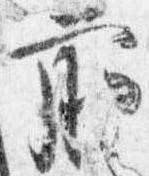
前